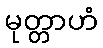
မုတ္တာဟံ